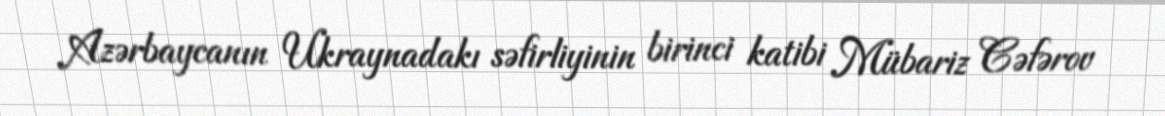
Azərbaycanın Ukraynadakı səfirliyinin birinci katibi Mübariz Cəfərov